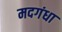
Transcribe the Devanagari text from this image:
मदगंधा